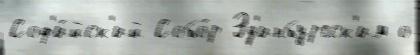
Соф'и́йск'ий Собо́р Эд'инбургск'им о